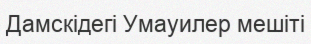
Дамскідегі Умауилер мешіті